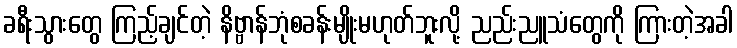
ခရီးသွားတွေ ကြည့်ချင်တဲ့ နိဗ္ဗာန်ဘုံစခန်းမျိုးမဟုတ်ဘူးလို့ ညည်းညူသံတွေကို ကြားတဲ့အခါ